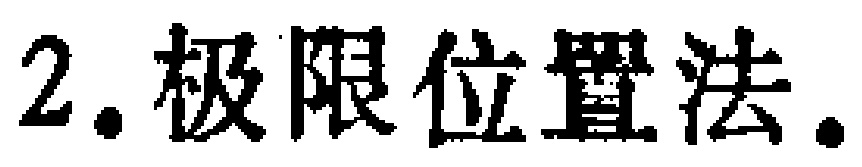
2. 极限位置法.